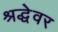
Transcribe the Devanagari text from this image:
श्रद्धेवर